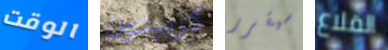
الوقت كريبتون سيقرر القلاع